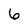
Character: 6